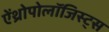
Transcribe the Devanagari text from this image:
ऐंथ्रोपोलॉजिस्ट्स